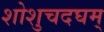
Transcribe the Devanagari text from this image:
शोशुचदघम्